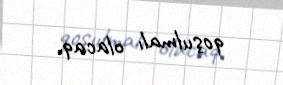
qoşulmalı olacaq.